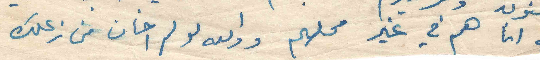
لي انا هم في غير محلهم واولله لو لم اخاف من زعلك